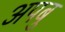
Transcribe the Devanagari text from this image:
अपबु